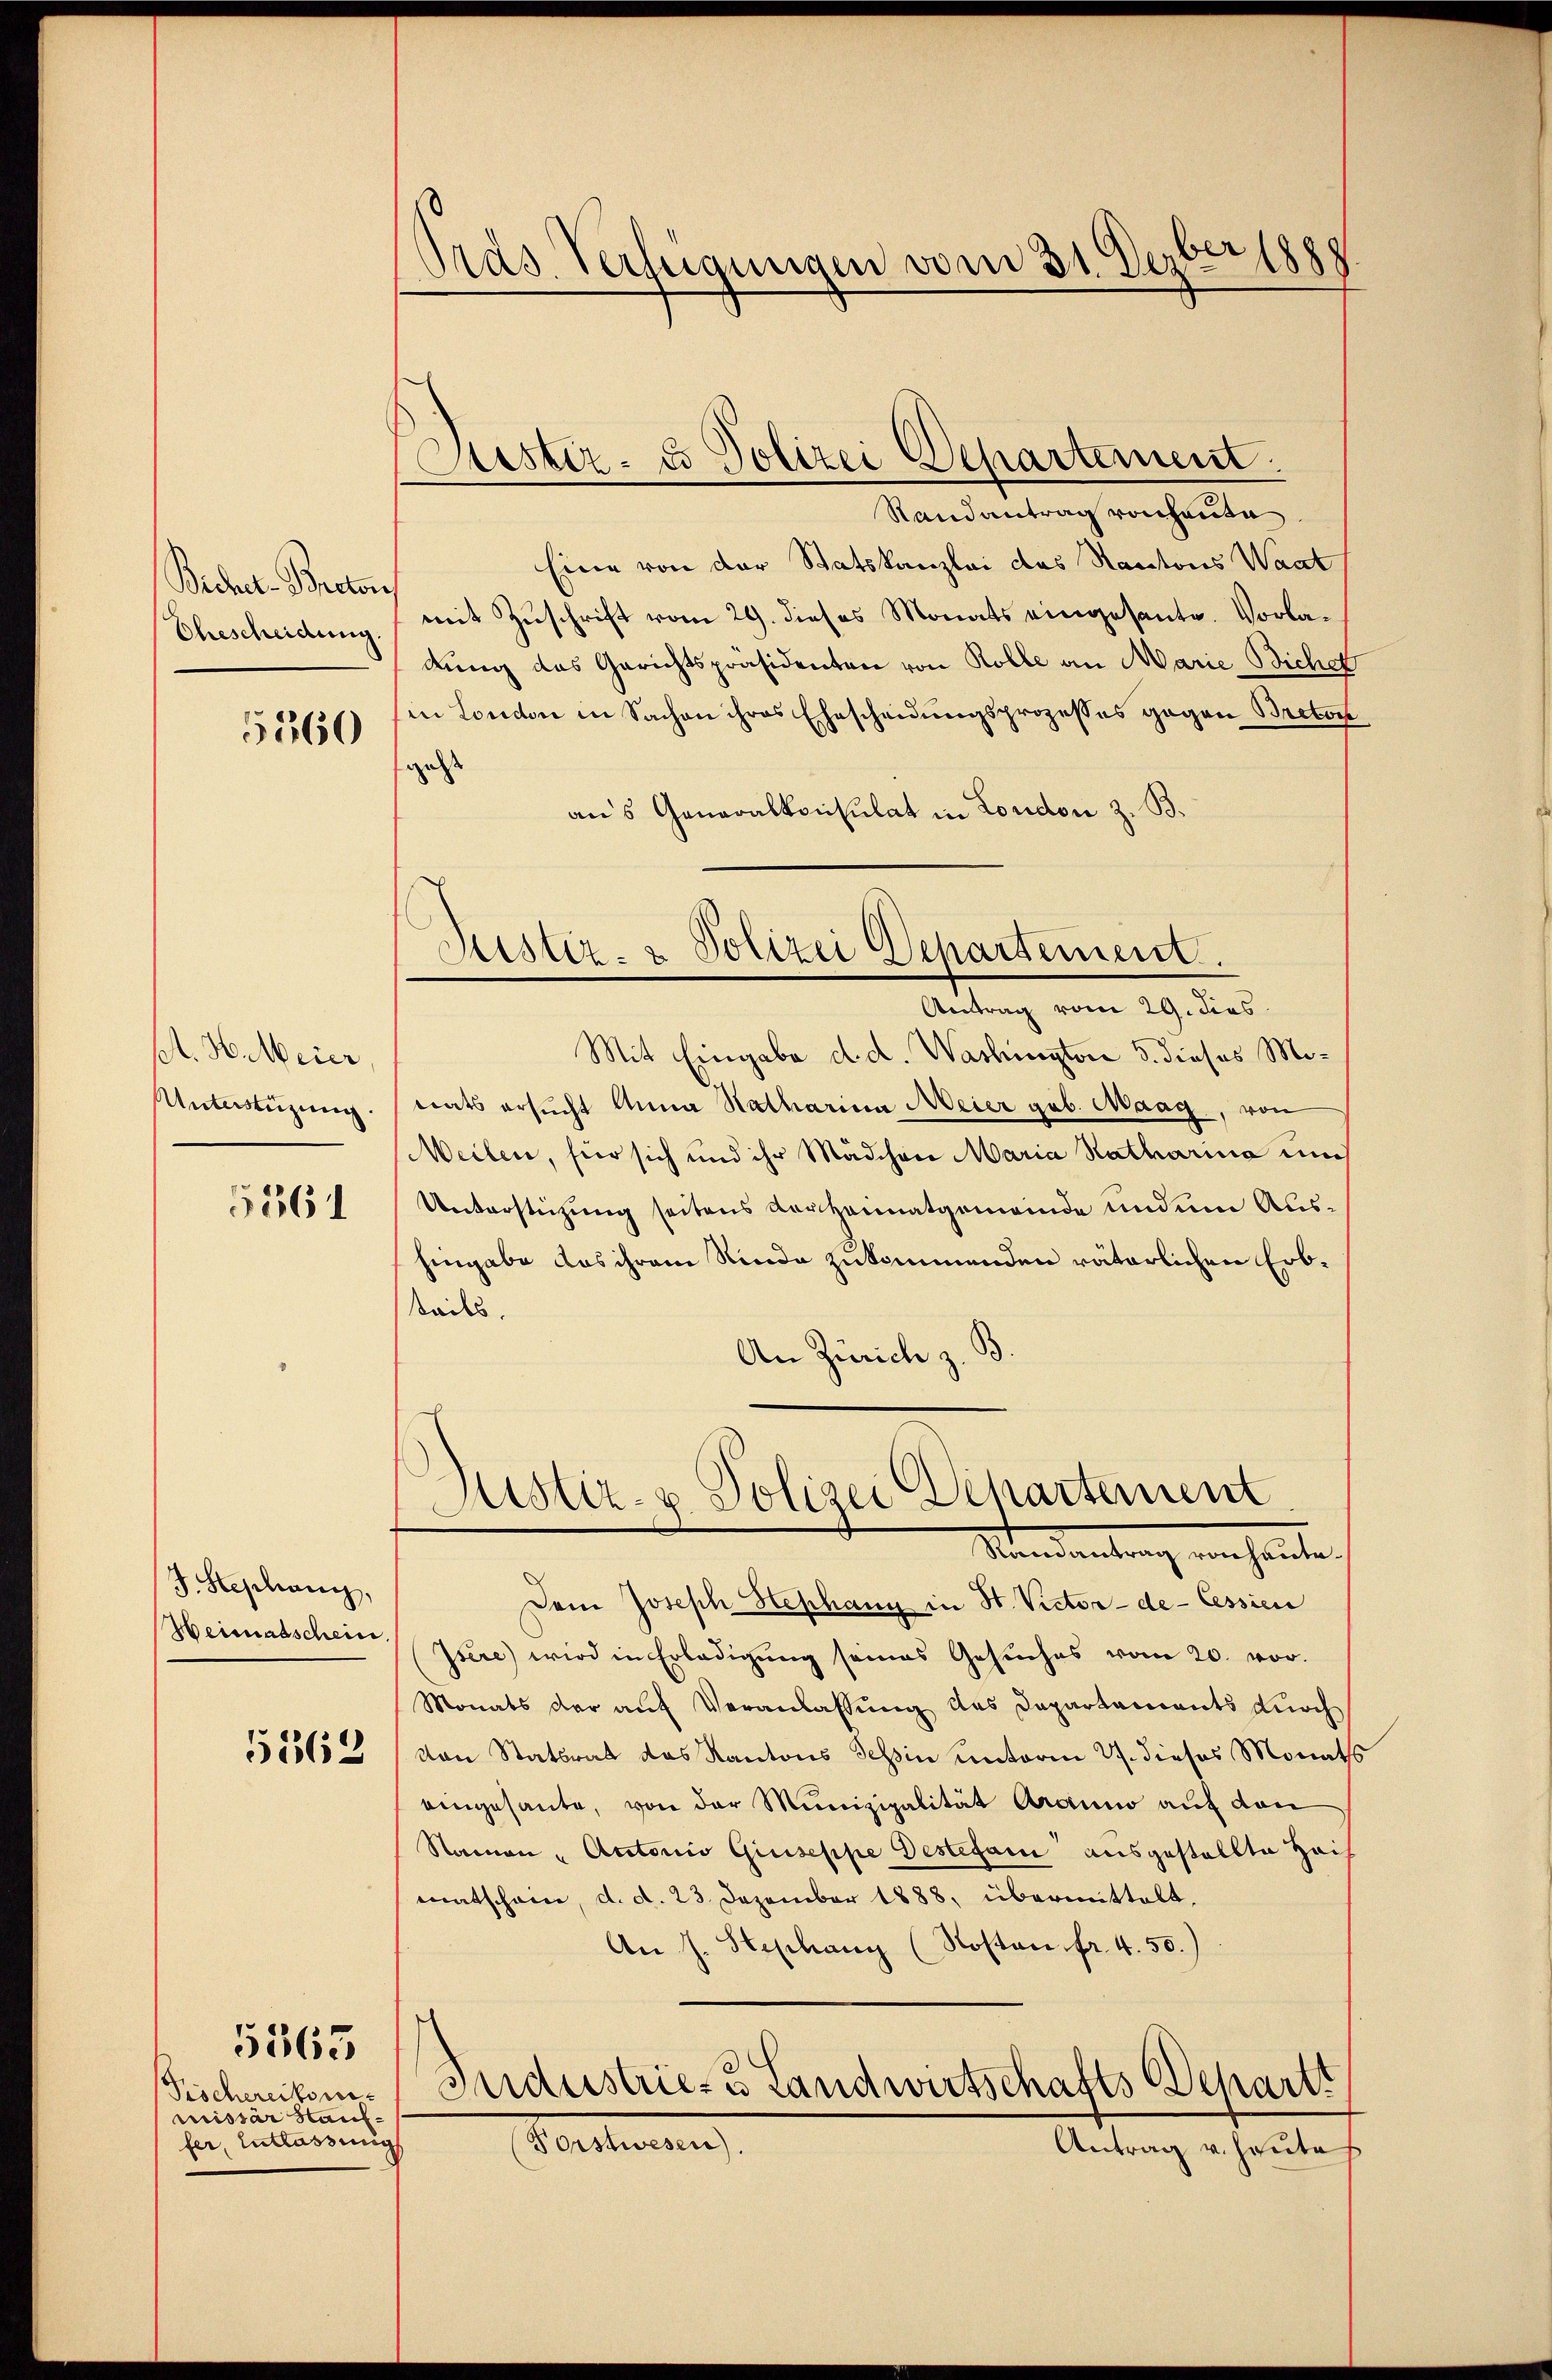
Becher-Bretors
Ehescheidung.

5560

A. H. Meier.
Unterstüzung

5561

J. Stephang,
Weimatschein
51862

Fischereitsnimissär Hanffer, Entlassinig

5363

188
Präs. Verfügungen vom 31. De
27

Justiz- & Polizei Departement.

Randantrag von heute
Eine von der Statskanzlei das Kantons Waat
mit Zuschrift vom 29. dieses Monats eingesante. Vorladung das Gerichtspräsidenten von Rolle an Marie Bicher
in London in Sachen ihres Ehescheidungsprozesses gegen Bretor
gelst
au’s Generalkonsulat in London z. B.
Mit Eingabe d. d. Washington 3. dieses Motrats ersucht Anna Katharina Meier geb. Maag, von
Weilen, für sich und ihr Mädchen Maria Katharina un
Unterstützung seitens Kerzenmatgemeinde und um Aushingabe das ihrem Rinde zukommenden väterlichen Erbteils,
)
An Zürich z
Justiz- & Polizei Departement
Mandantung, manchenten,
Dein Joseph Hephang in St. Victor-de- Cessier
Isére) wird in Erledigung seines Gesuches vom 20. vor.
Monats der auf Veranlassung des Departements durch
von Statsrat das Kantons Tessin unterm 27. dieses Monats
eingesante, von der Munizipalität Aranno auf den
Namen - Autorio Giuseppe Destefani ausgestellte Heis
eatschaue, d. d. 23. Dezember 1888, übermittelt.
An J. Stephany (Rosten fr. 4. 50.)
Industrie- u Landwirtschafts Depart
(Forstwesen).
Antrag v. Heute

Luster- & Polizei Departement.

Antrag vom 29. dies